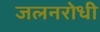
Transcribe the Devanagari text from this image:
जलनरोधी